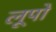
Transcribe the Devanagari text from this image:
लूपो